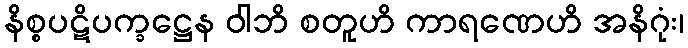
နိစ္စပဋိပက္ခဋ္ဌေန ဝါဘိ စတူဟိ ကာရဏေဟိ အနိဂုံး၊